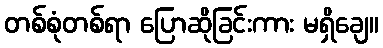
တစ်စုံတစ်ရာ ပြောဆိုခြင်းကား မရှိချေ။